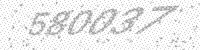
Solution: 580037